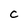
Character: C